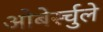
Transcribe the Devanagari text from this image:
ओबेर्स्चुले